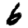
Digit: 6